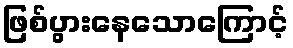
ဖြစ်ပွားနေသောကြောင့်